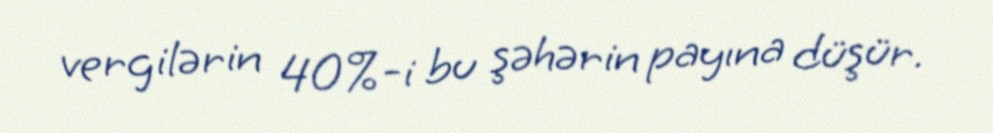
vergilərin 40%-i bu şəhərin payına düşür.